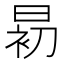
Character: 𱢎